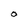
Character: O